Tartu_linnavalitsus, lk 25
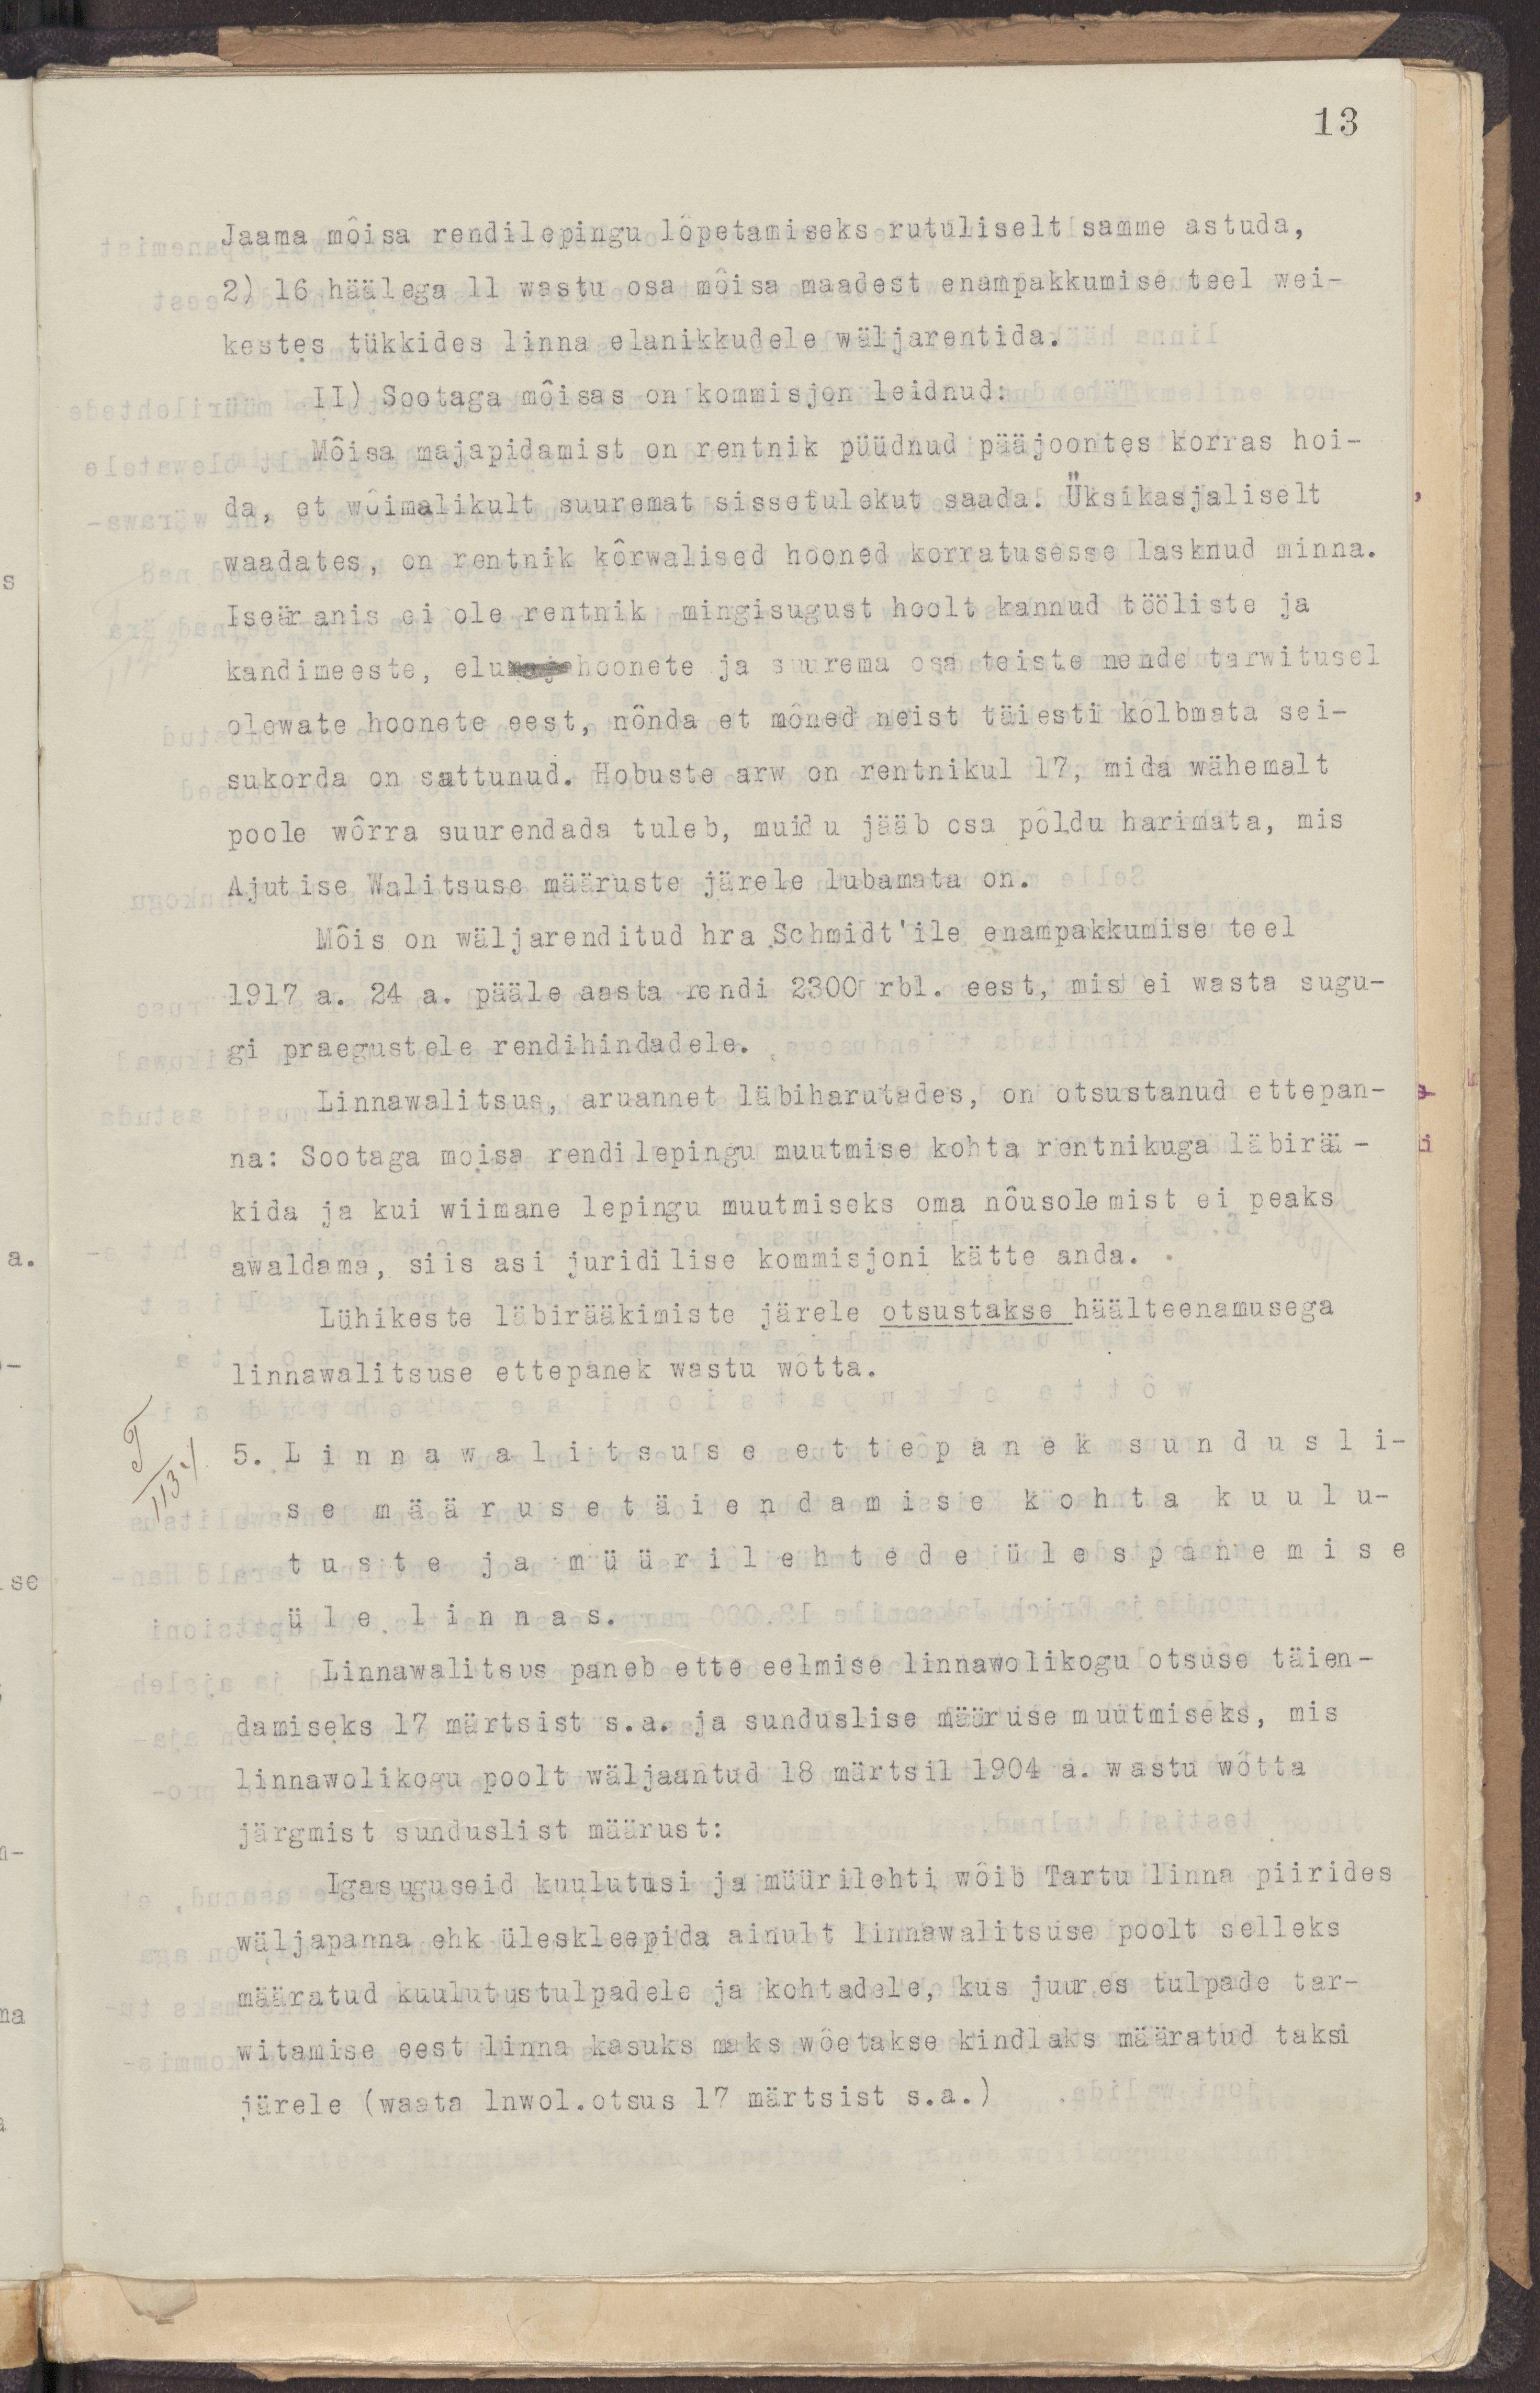
13
Jaama mõisa rendilepingu lõpetamiseks rutuliselt samme astuda,
2) 16 häälega 11 wastu osa mõisa maadest enampakkumise teel wei-
kestest tükkides linna elanikkudele wäljarentida.
II) Sootaga mõisas on kommisjon leidnud:
Mõisa majapidamist on rentnik püüdnud pääjoontes korras hoi-
da, et wõimalikult suuremat sissetulekut saada. Üksikasjaliselt
waadates, on rentnik kõrwalised hooned korratusesse lasknud minna.
Iseäranis ei ole rentnik mingisugust hoolt kannud tööliste ja
kandimeeste, eluhoonete ja suurema osa teiste nende tarwitusel
olewate hoonete eest, nõnda et mõned neist täiesti kõlbmata sei-
sukorda on sattunud. Hobuste arw on rentnikul 17, mida wähemalt
poole wõrra suurendada tuleb, muidu jääb osa põldu harimata, mis
Ajutise Walitsuse määruste järele lubamata on.
Mõis on wäljarenditud hra Schmidt'ile enampakkumise teel
1917 a. 24 a. pääle aasta rendi 2300 rbl. eest, mis ei wasta sugu-
gi praegustele rendihindadele.
Linnawalitsus, aruannet läbiharutades, on otsustanud ettepan-
na: Sootaga mõisa rendilepingu muutmise kohta rentnikuga läbirää-
kida ja kui wiimane lepingu muutmiseks oma nõusolemist ei peaks
awaldama, siis asi juridilise kommisjoni kätte anda.
Lühikeste läbirääkimiste järele otsustatakse häälteenamusega
linnawalitsuse ettepanek wastu wõtta.
5. Linnawalitsuse ettepanek sundusli-
se määrusetäiendamise kohta kuulu-
tuste ja müürilehtede ülespanemise
üle linnas.
Linnawalitsus paneb ette eelmise linnawolikogu otsuse täien-
damiseks 17 märtsist s.a. ja sunduslise määruse muutmiseks, mis
linnawolikogu poolt wäljaantud 18 märtsil 1904 a. wastu wõtta 
järgmist sunduslist määrust:
Igasuguseid kuulutusi ja müürilehti wõib Tartu linna piirides
wäljapanna ehk üleskleepida ainult linnawalitsuse poolt selleks
määratud kuulutustulpadele ja kohtadele, kus juures tulpade tar-
witamise eest linna kasuks maks wõetakse kindlaks määratus taksi
järele (waata lnwol.otsus 17 märtsist s.a.)